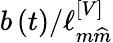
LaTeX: b\left(t\right)/\ell_{m\widehat{m}}^{\left[V\right]}